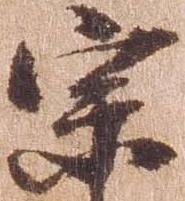
宗